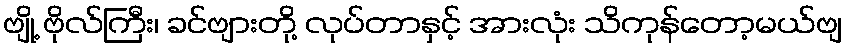
ဗျို့ ဗိုလ်ကြီး၊ ခင်ဗျားတို့ လုပ်တာနှင့် အားလုံး သိကုန်တော့မယ်ဗျ